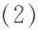
（2）